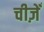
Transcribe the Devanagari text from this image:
चीज़ेँ